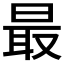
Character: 最